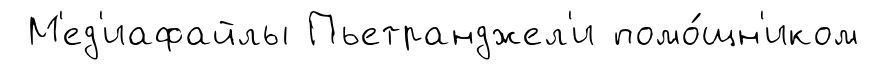
М'ед'иафайлы Пьетранджел'и помо́щн'иком